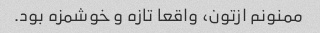
ممنونم ازتون، واقعا تازه و خوشمزه بود.